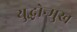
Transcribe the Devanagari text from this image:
युद्धोन्मुख